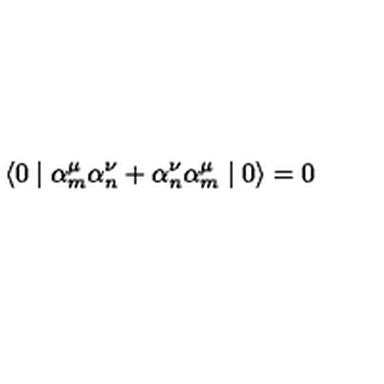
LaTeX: \langle 0 \mid { \alpha } _ { m } ^ { \mu } { \alpha } _ { n } ^ { \nu } + { \alpha } _ { n } ^ { \nu } { \alpha } _ { m } ^ { \mu } \mid 0 \rangle = 0